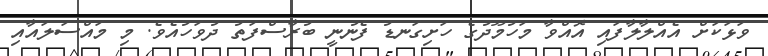
ވަޅަކަށް އެއްލާލާފައި އޮއްވާ މަހުމޫދުގެ ހަށިގަނޑު ފެނުނީ ބުރާސްފަތު ދުވަހުއެވެ. މި މައްސަލައާއި